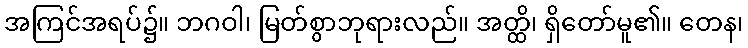
အကြင်အရပ်၌။ ဘဂဝါ၊ မြတ်စွာဘုရားလည်။ အတ္ထိ၊ ရှိတော်မူ၏။ တေန၊